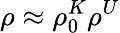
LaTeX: \rho\approx\rho_{0}^{K}\rho^{U}